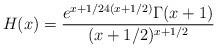
LaTeX: \begin{align*} H(x)=\frac{e^{x+1/24(x+1/2)}\Gamma(x+1)}{(x+1/2)^{x+1/2}}\end{align*}